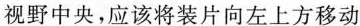
视野中央，应该将装片向左上方移动